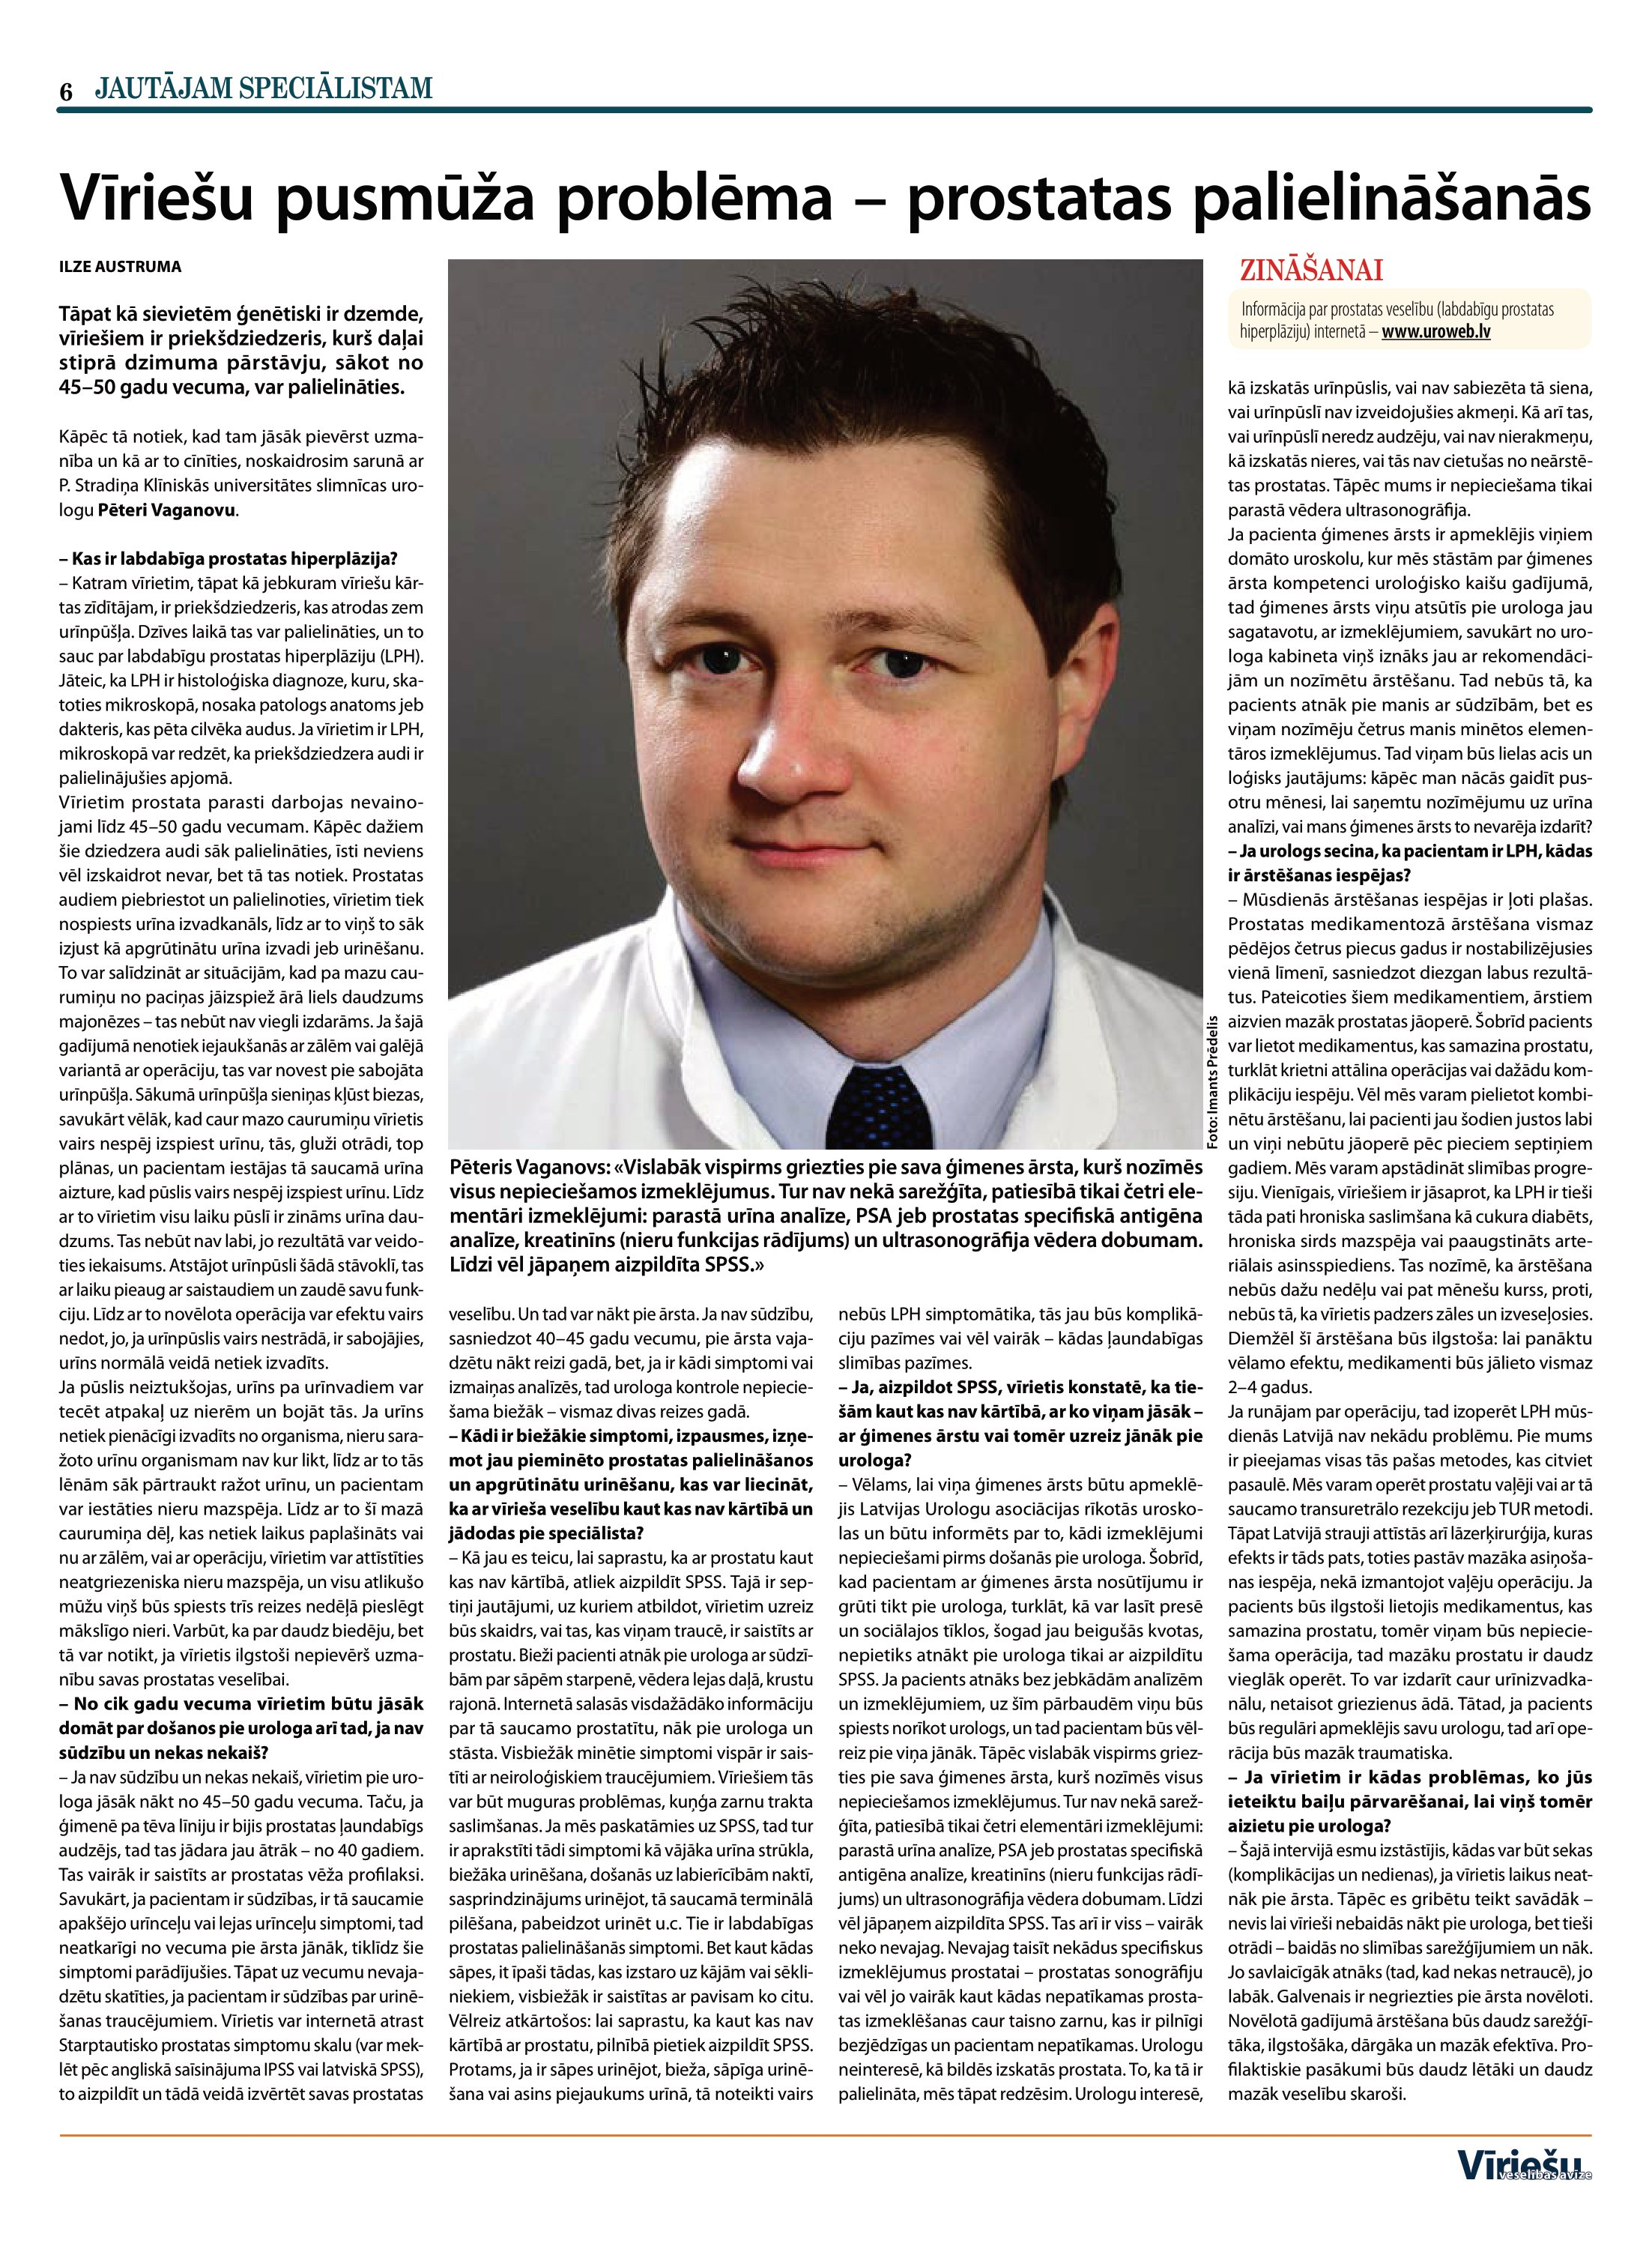
Language: lv